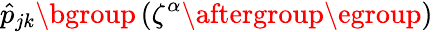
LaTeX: \hat{p}_{jk}\mathopen{}\mathclose\bgroup\left(\zeta^{\alpha}\aftergroup\egroup\right)